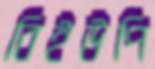
বিইউপি